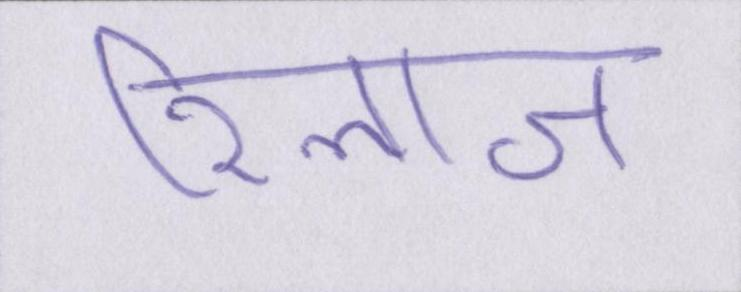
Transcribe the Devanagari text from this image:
रिलाज